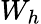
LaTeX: W_{h}